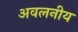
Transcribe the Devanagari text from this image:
अवलनीय